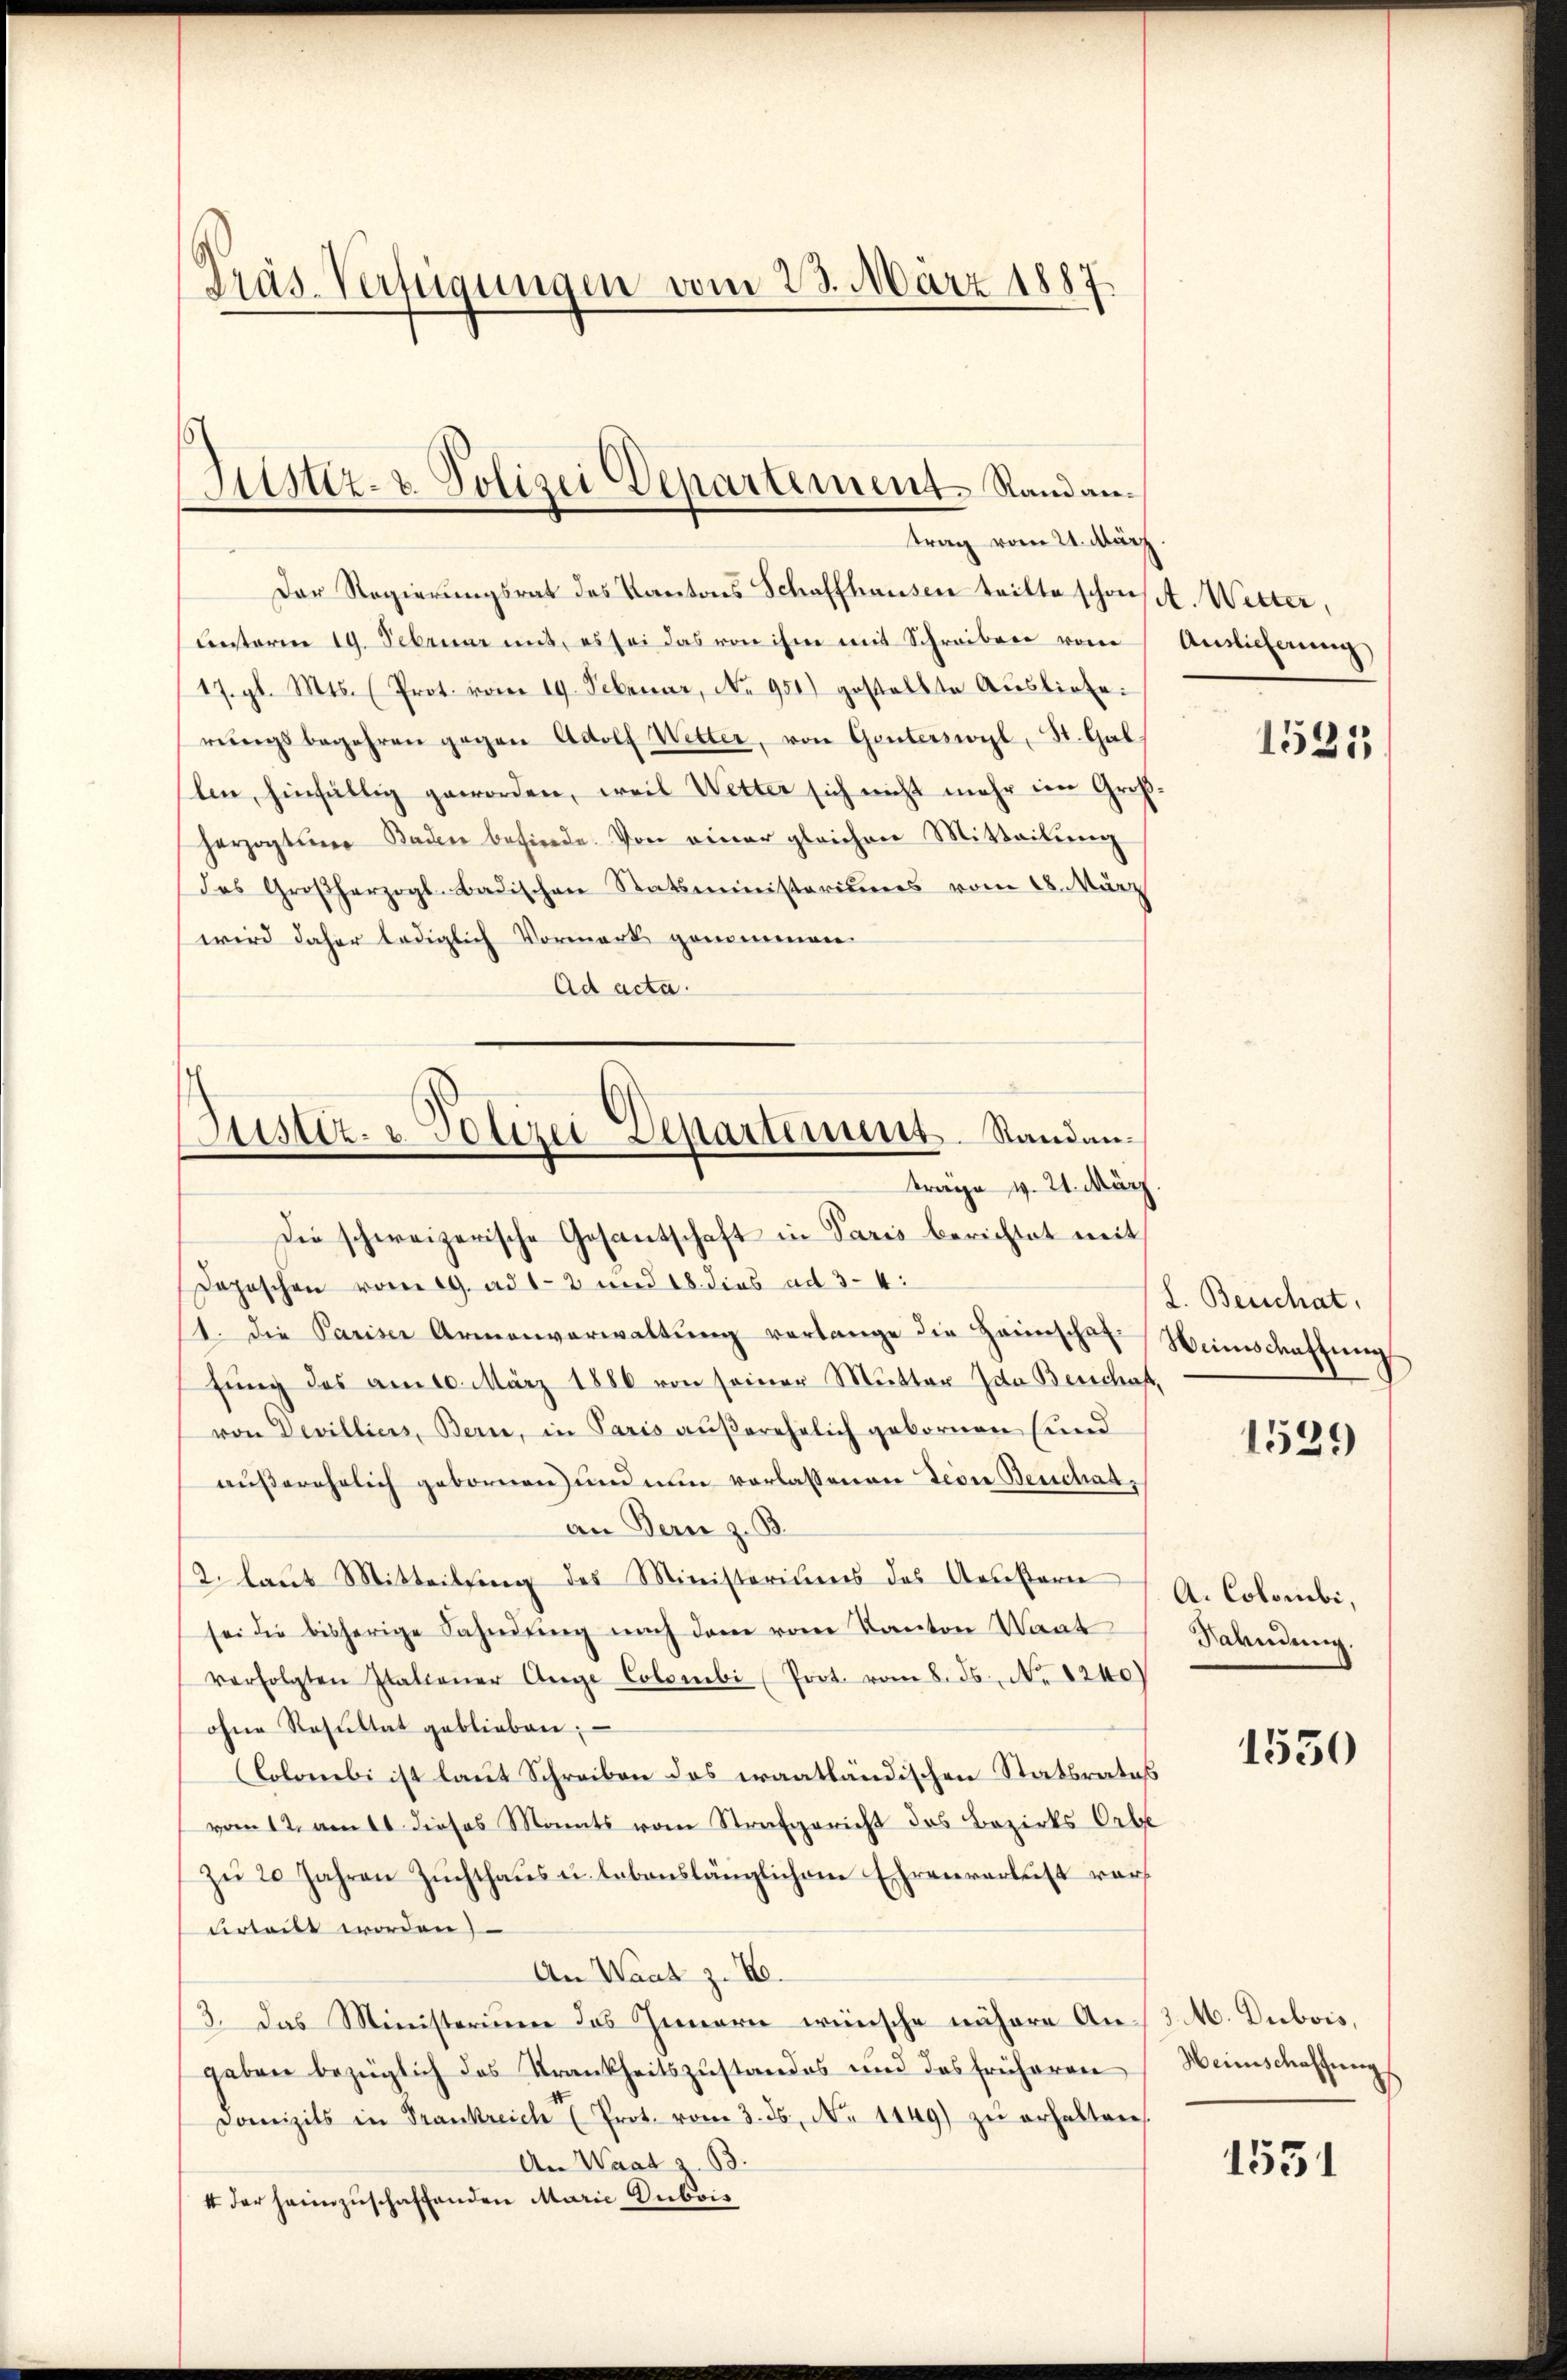
Präs. Verfügungen vom 23. März 1887.

Der Regierungsrat des Kantons Schaffhausen teilte schonst. Wetter,
unterm 19. Februar uns, es sei das von ihm mit Schreiben vom
17. gl. Mts. (Prot. vom 19. Februar, No 951) gestellte Aŭsliefe:
rŭngsbegehren gegen Adolf Witter, von Genterswyl, St. Gal
len, hinfällig geworden, weil Wetter sich nicht mehr im Großherzogteier Baden befinde. Von einer gleichen Mitteilŭng
das Großherzogl-Badischen Statsministeriums vom 28. März
wird daher lediglich Vormark genommen.
Ad acta.
Die schweizerische Gesantschaft in Paris berichtet mit
Depeschen vom 19. ad 12 und 18. dies ad 3-4:
1. die Pariser Armenverwaltŭng verlange die Haunschaffung des am 10. März 1886 von seiner Mutter Ida Berschaft,
von Devilliers, Berne, in Paris außerehelich gebornen (und
außerehelich gebornen und nun vorlassenen Deine Beuchat,
an Bern z. B.
2. laŭt Mitteilsing des Ministeriums des Aeustern
sei die bisherige Fahndung nach dem vom Kanton Waat
verfolgten Italiener Ange Colombi (Prot. vom 8. ds. No 1240)
ohne Resultat geblieben;
Colombi ist laut Schreiben das erantländischen Statbrates
vom 12. am 11 dieses Monats vom Strafgericht das Bezirks Orbe
Zŭ 20 Jahren Zŭchthaŭs u. lebenslänglichem Ehrenverleist vorverteilt worden
An Waat z. B.
3. Das Ministerium das Innern wünsche nähere Angeben bezüglich das Krankheitszustandes und das früheren
Domizils in Frankreich (Prot. vom 3. ds. No 1149) zŭ erhalten,
An Waat z. B.
4 der heimzuschaffenden Marie Rubris

Justiz- & Polizei Departement. Randantrag vom 21. März

Justiz- u. Polizei Separtimuns. Standanträge v. 21. März.

Auslieferung

1531

L. Beschat,
Winschaftung

1539

A. Colombi,
Sahndung.

1550

3 M. Dubois,
Heimschaffung

1551